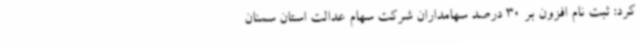
کرد: ثبت نام افزون بر 30 درصد سهامداران شرکت سهام عدالت استان سمنان